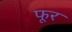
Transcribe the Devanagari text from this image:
फूर